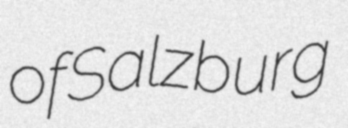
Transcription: of Salzburg